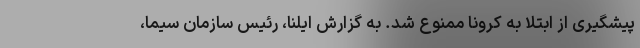
پیشگیری از ابتلا به کرونا ممنوع شد. به گزارش ایلنا، رئیس سازمان سیما،